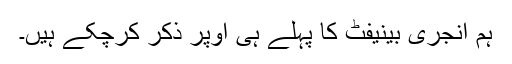
ہم انجری بینیفٹ کا پہلے ہی اوپر ذکر کرچکے ہیں۔